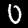
Digit: 0